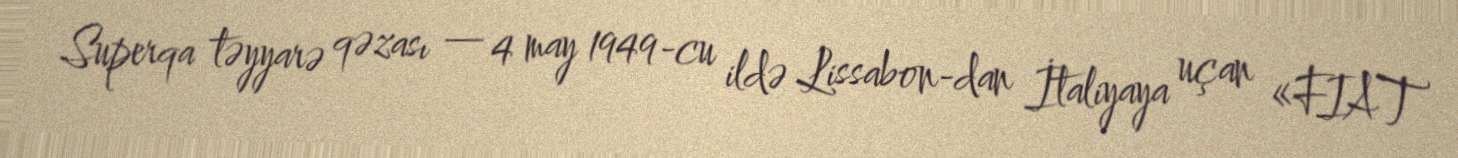
Superqa təyyarə qəzası — 4 may 1949-cu ildə Lissabon-dan İtaliyaya uçan «FIAT